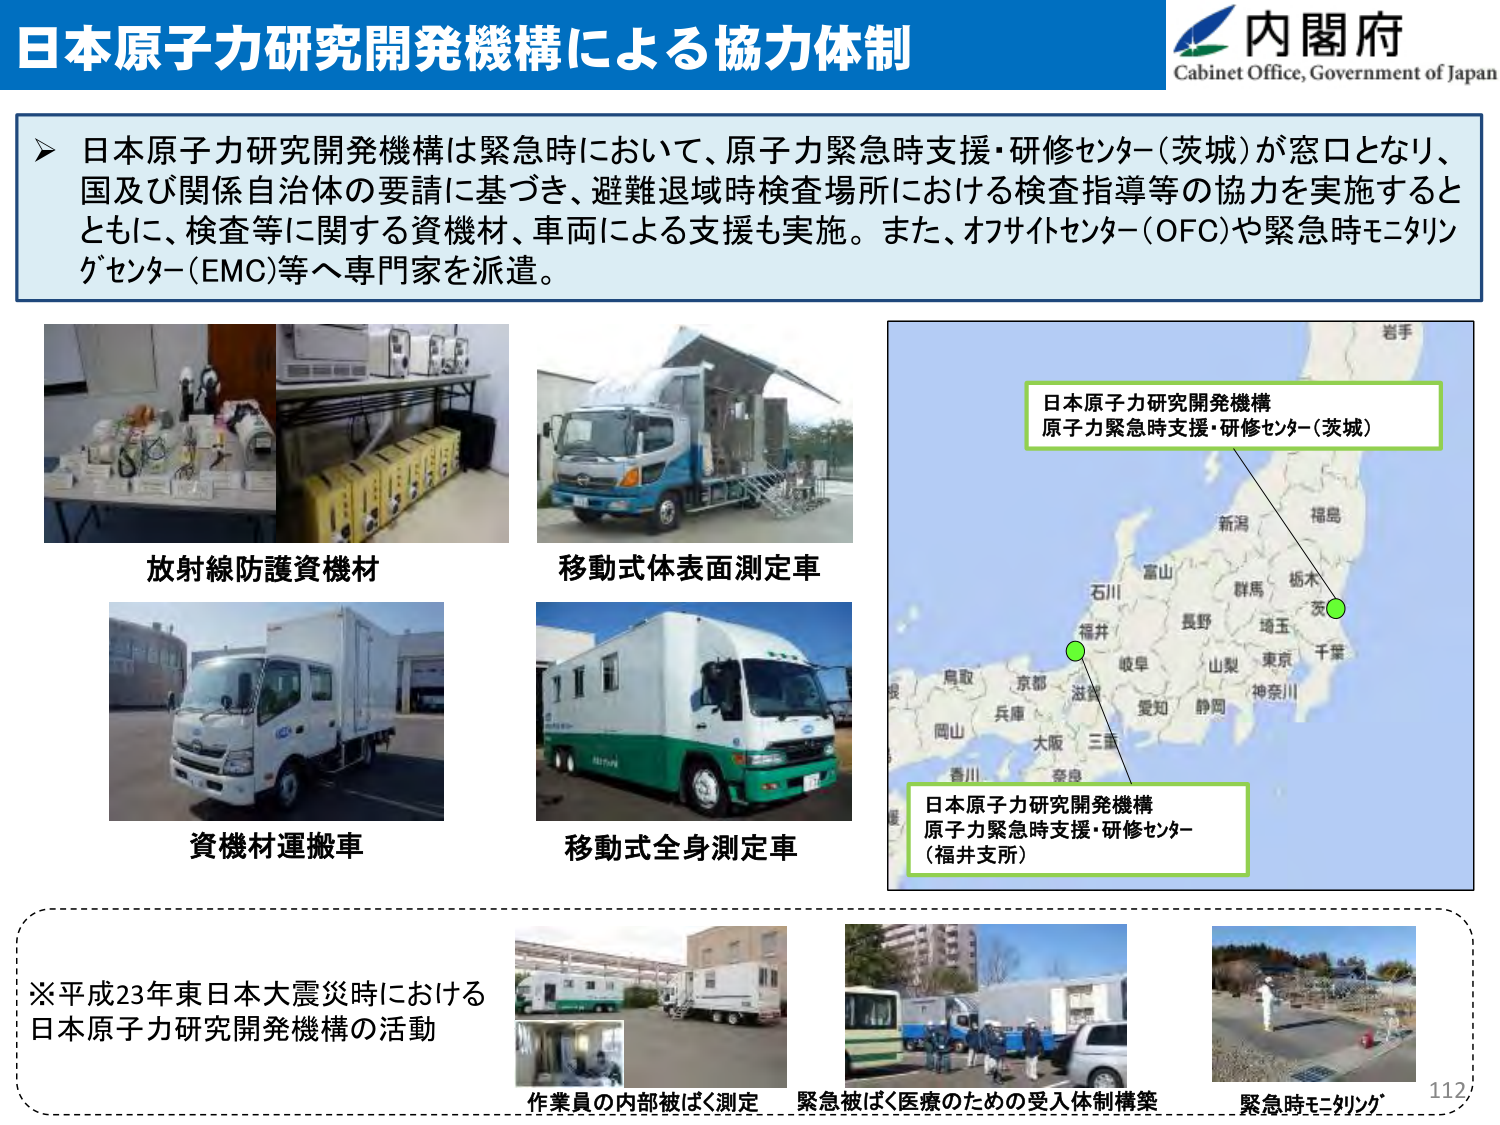
日本原子力研究開発機構による協力体制

内閣府
Cabinet Office, Government of Japan

▶ 日本原子力研究開発機構は緊急時において、原子力緊急時支援・研修センター（茨城）が窓口となり、
国及び関係自治体の要請に基づき、避難退域時検査場所における検査指導等の協力を実施すると
ともに、検査等に関する資機材、車両による支援も実施。また、オフサイトセンター（OFC）や緊急時モニタリングセンター（EMC）等へ専門家を派遣。

放射線防護資機材
移動式体表面測定車
資機材運搬車
移動式全身測定車

日本原子力研究開発機構
原子力緊急時支援・研修センター（茨城）

日本原子力研究開発機構
原子力緊急時支援・研修センター
（福井支所）

※平成23年東日本大震災時における
日本原子力研究開発機構の活動

作業員の内部被ばく測定
緊急被ばく医療のための受入体制構築
緊急時モニタリング

112